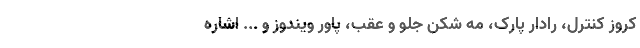
کروز کنترل، رادار پارک، مه شکن جلو و عقب، پاور ویندوز و ... اشاره